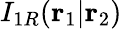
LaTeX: I_{1R}(\mathbf{r}_{1}|\mathbf{r}_{2})